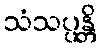
သံသပ္ပန္တိ